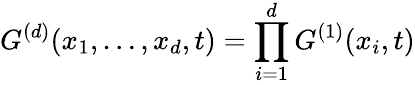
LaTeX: G^{(d)}(x_{1},\dots,x_{d},t)=\prod_{i=1}^{d}G^{(1)}(x_{i},t)